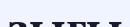
зығы